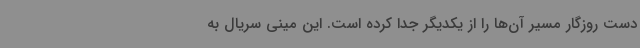
دست روزگار مسیر آن‌ها را از یکدیگر جدا کرده است. این مینی سریال به